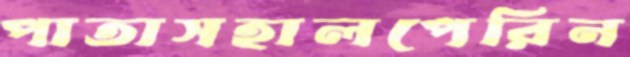
পাতাসহালপেরিন